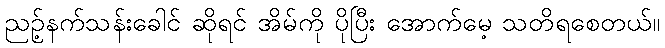
ညဉ့်နက်သန်းခေါင် ဆိုရင် အိမ်ကို ပိုပြီး အောက်မေ့ သတိရစေတယ်။